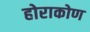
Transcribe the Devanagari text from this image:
होराकोण